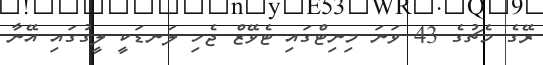
ރޭގެ މެޗުގެ 43 ވަނަ މިނިޓްގައި ޓެވޭޒް ޖެހި ލަނޑަކީ ލީގުގައި އޭނާ